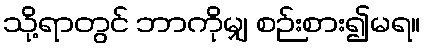
သို့ရာတွင် ဘာကိုမျှ စဉ်းစား၍မရ။